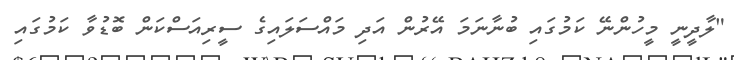
"ލާދީނީ މީހުންނޭ ކަމުގައި ބުނާނަމަ އޭރުން އަދި މައްސަލައިގެ ސީރިއަސްކަން ބޮޑުވާ ކަމުގައި